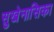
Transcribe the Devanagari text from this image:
सुखेनासिका